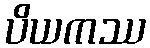
ပိယကဿ